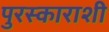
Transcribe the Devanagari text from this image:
पुरस्काराशी